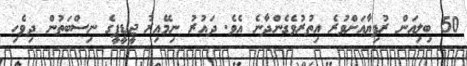
50 ބިލިއަން ރުފިޔާއަށްވުރެ އިތުރުވެގެންދާނެ އެވެ. ދައުރު ނިމޭއިރު ޖީޑީޕީގެ ނިސްބަތުން ދިވެހި